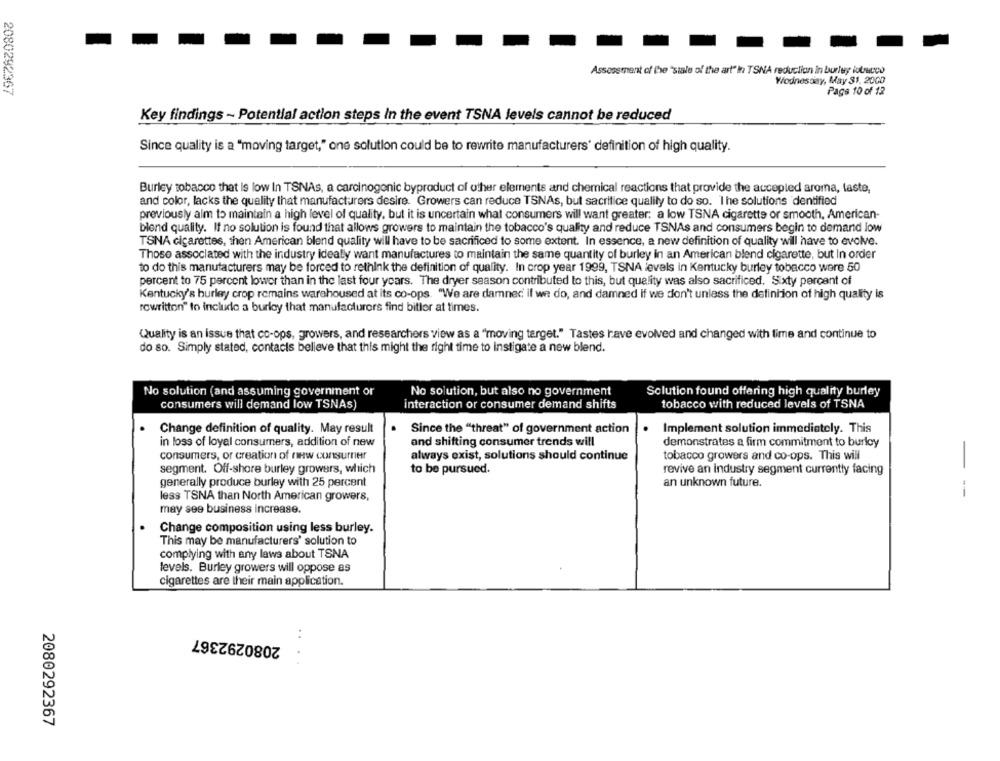
Assessment of the "state of the art" In TSNA reduction In burley lutrucco
Wednesday, May 31, 2000
2080292367
Page 10 of 12
Key findings - Potential action steps In the event TSNA levels cannot be reduced
Since quality is a "moving target," one solution could be to rewrite manufacturers' definition of high quality.
Burley tobacco that is low In TSNAs, a carcinogenic byproduct of other elements and chemical reactions that provide the accepled aroma, taste,
and color, lacks the quality that manufacturers desire. Growers can reduce TSNAs, but sacrifice qualily to do so. I he solutions "dentified
previously alm to maintain a high level of quality, but it is uncertain what consumers will want greater: a low TSNA cigarette or smooth, American-
blend quality. If no solution is found that allows growers to maintain the tobacco's quality and reduce TSNAs and consumers begin to demand low
TSNA cigarettes, then American blend quality will have to be sacrificed to some extent. In essence, a new definition of quality will have to evolve.
Those associated with the industry idealy want manufactures to maintain the same quantity of burley in an American blend cigarette, but In order
to do this manufacturers may be forced to rethink the definition of quality. In crop year 1999, TSNA levels in Kentucky burley tobacco were 50
percent to 75 percent lower than in the last four years. The dryer season contributed to this, but quelity was also sacrificed. Sixty percent of
Kentucky's burley crop remains warehoused at its co-ops. "We are damned if we do, and damned if we don't unless the definition of high quality is
rowritton" to include a burley that manufacturers find bitler at times.
Quality is an issue that cc-ops, growers, and researchers view as a "moving target." Tastes have evolved and changed with time and continue to
do so. Simply stated, contacis believe that this might the right time to Instigate a new blend.
No solution (and assuming government or
No solution, but also no government
Solution found offering high quality burley
consumers will demand low TSNAs)
tobacco with reduced levels of TSNA
interaction or consumer demand shifts
Change definition of quality. May result
Since the "threat" of government action
Implement solution immediately. This
and shifting consumer trends will
in loss of loyal consumers, addition of new
demonstrates a firm commitment to burloy
consumers, or creation of new consumer
always exist, solutions should continue
tobacco growers and co-ops. This will
segment. Off-shore burley growers, which
to be pursued.
revive an industry segment currently facing
generally produce burley with 25 percent
an unknown future.
less TSNA than North American growers,
may see business increase.
Change composition using less burley.
This may be manufacturers' solution to
complying with any laws about TSNA
levels. Burley growers will oppose as
cigarettes are their main application.
2080292367
..
. .
2080292367